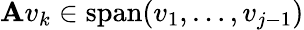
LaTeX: \mathbf{A}v_{k}\in\operatorname{span}(v_{1},\ldots,v_{j-1})